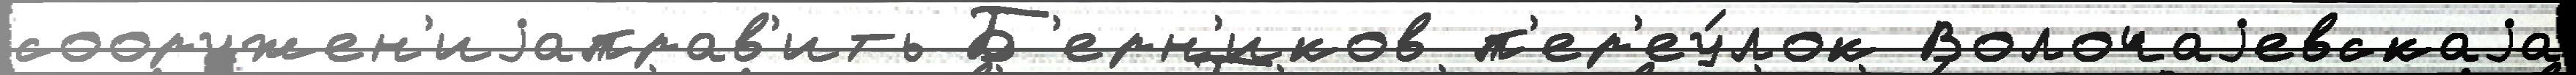
сооружен'иjаправ'ить Б'ерн'иков п'ер'еу́лок Волочаjевскаjа